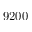
9 2 0 0